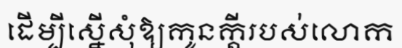
ដើម្បីស្នើសុំឱ្យកូនក្តីរបស់លោក